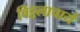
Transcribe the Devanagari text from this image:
विट्टलाचार्य